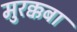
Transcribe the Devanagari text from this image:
मुरक्कबा